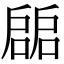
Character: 𢩙